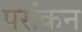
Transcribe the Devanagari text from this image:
परांकन